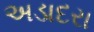
અડાદરા